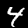
Label: 4